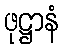
ဖုဋ္ဌာနံ